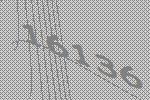
16136